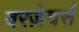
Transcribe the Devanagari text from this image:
वरज़ेचर्स